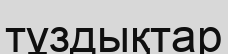
тұздықтар